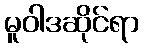
မူဝါဒဆိုင်ရာ